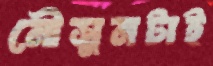
মৌসুমটাই